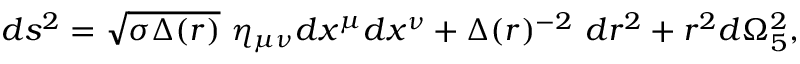
d s ^ { 2 } = \sqrt { \sigma \Delta ( r ) } ~ \eta _ { \mu \nu } d x ^ { \mu } d x ^ { \nu } + \Delta ( r ) ^ { - 2 } ~ d r ^ { 2 } + r ^ { 2 } d \Omega _ { 5 } ^ { 2 } ,